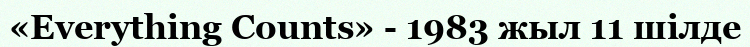
«Everything Counts» - 1983 жыл 11 шілде